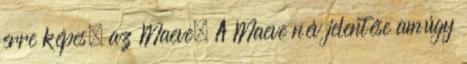
erre képes, az Maeve. A Maeve név jelentése amúgy